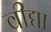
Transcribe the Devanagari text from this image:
वीद्या